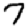
Digit: 7